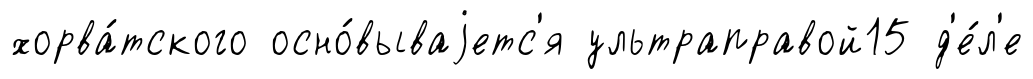
хорва́тского осно́вываjетс'я ультраправой15 д'е́л'е